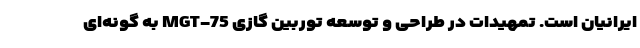
ایرانیان است. تمهيدات در طراحی و توسعه توربين گازی MGT-75 به گونه‌ای